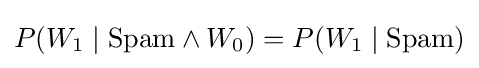
P(W_{1}\mid {\text{Spam}}\land W_{0})=P(W_{1}\mid {\text{Spam}})